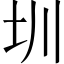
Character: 圳